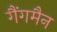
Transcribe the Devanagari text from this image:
गैंगमैन